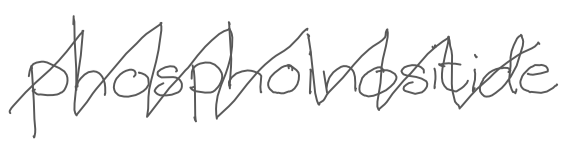
Text: phosphoinositide
Cross-out: zig-zag
Writing tool: digital_gray